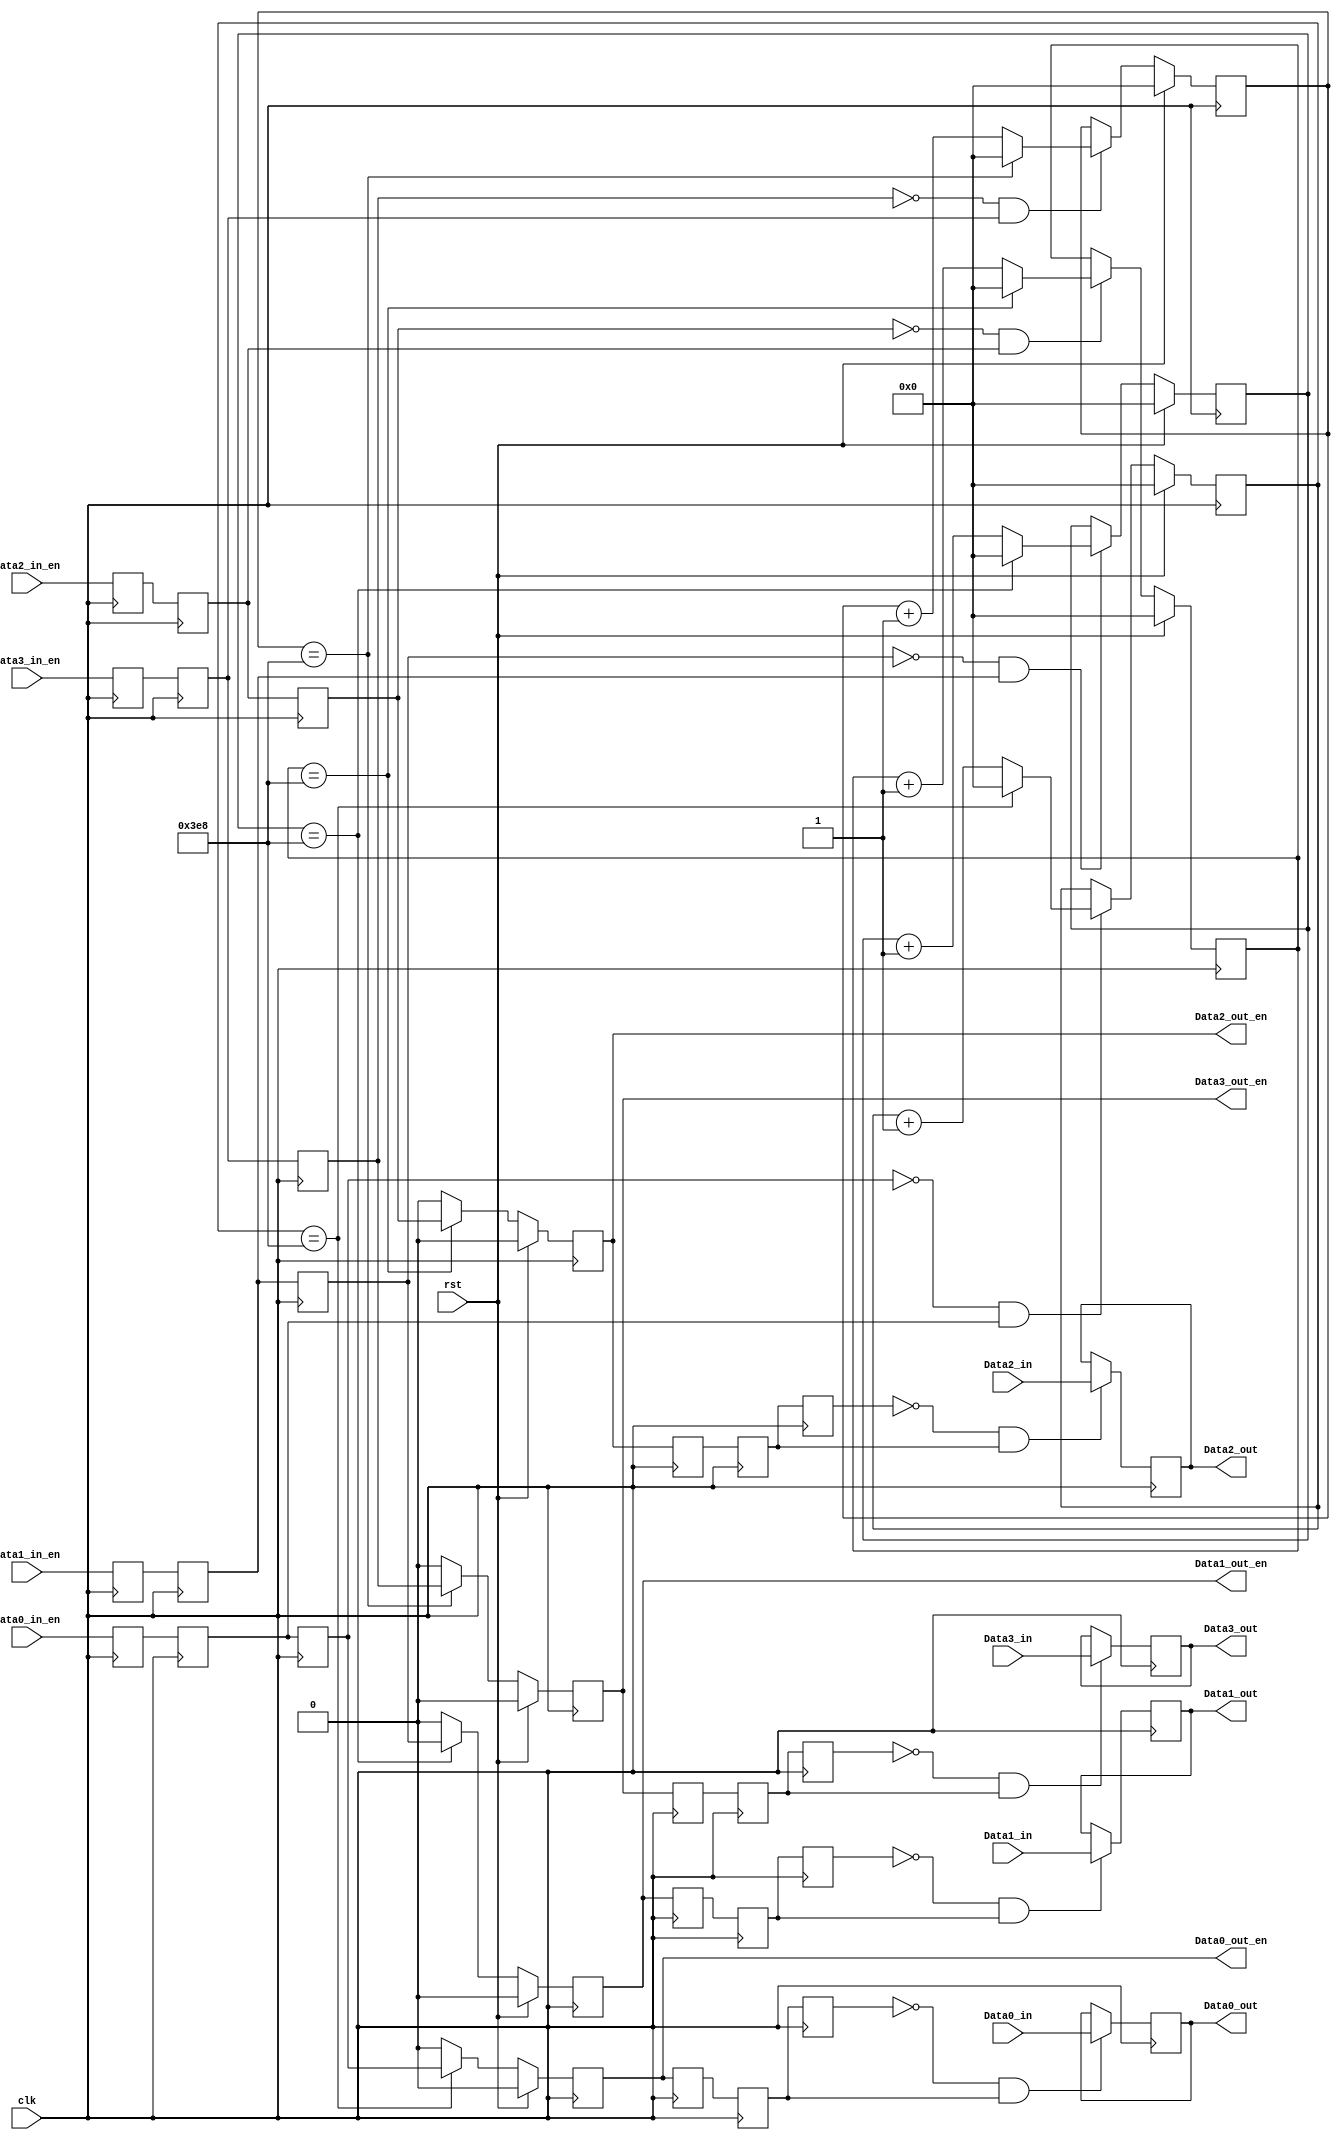
`timescale 1ns / 1ns
//////////////////////////////////////////////////////////////////////////////////
module dat_decimate(
    input clk,rst,
	 
	 input [15:0]Data0_in,
	 input [15:0]Data1_in,
	 input [15:0]Data2_in,
	 input [15:0]Data3_in,
	 
	 input Data0_in_en,
	 input Data1_in_en,
	 input Data2_in_en,
	 input Data3_in_en,
	  
	 output reg[15:0]Data0_out,
	 output reg[15:0]Data1_out,
	 output reg[15:0]Data2_out,
	 output reg[15:0]Data3_out,
	 
	 output reg Data0_out_en,
	 output reg Data1_out_en,
	 output reg Data2_out_en,
	 output reg Data3_out_en);

parameter Data0_decimate_num =1000; 
parameter Data1_decimate_num =1000; 
parameter Data2_decimate_num =1000; 
parameter Data3_decimate_num =1000; 
	 
wire 	pos_Data0_in_en,neg_Data0_in_en;
wire 	pos_Data1_in_en,neg_Data1_in_en;
wire 	pos_Data2_in_en,neg_Data2_in_en;
wire 	pos_Data3_in_en,neg_Data3_in_en;
(* syn_preserve = 1 *)reg Data0_in_en_r0;
(* syn_preserve = 1 *)reg Data1_in_en_r0;
(* syn_preserve = 1 *)reg Data2_in_en_r0;
(* syn_preserve = 1 *)reg Data3_in_en_r0;
(* syn_preserve = 1 *)reg Data0_in_en_r1;
(* syn_preserve = 1 *)reg Data1_in_en_r1;
(* syn_preserve = 1 *)reg Data2_in_en_r1;
(* syn_preserve = 1 *)reg Data3_in_en_r1;
(* syn_preserve = 1 *)reg Data0_in_en_r2;
(* syn_preserve = 1 *)reg Data1_in_en_r2;
(* syn_preserve = 1 *)reg Data2_in_en_r2;
(* syn_preserve = 1 *)reg Data3_in_en_r2;

always@(posedge clk)
	begin
		Data0_in_en_r0<=Data0_in_en;
		Data0_in_en_r1<=Data0_in_en_r0;
		Data0_in_en_r2<=Data0_in_en_r1;
		
		Data1_in_en_r0<=Data1_in_en;
		Data1_in_en_r1<=Data1_in_en_r0;
		Data1_in_en_r2<=Data1_in_en_r1;
		
		Data2_in_en_r0<=Data2_in_en;
		Data2_in_en_r1<=Data2_in_en_r0;
		Data2_in_en_r2<=Data2_in_en_r1;
		
		Data3_in_en_r0<=Data3_in_en;
		Data3_in_en_r1<=Data3_in_en_r0;
		Data3_in_en_r2<=Data3_in_en_r1;
	end

assign pos_Data0_in_en=(~Data0_in_en_r2)& Data0_in_en_r1 ;
assign neg_Data0_in_en=  Data0_in_en_r2&(~Data0_in_en_r1);   
assign pos_Data1_in_en=(~Data1_in_en_r2)& Data1_in_en_r1 ;
assign neg_Data1_in_en=  Data1_in_en_r2&(~Data1_in_en_r1);  
assign pos_Data2_in_en=(~Data2_in_en_r2)& Data2_in_en_r1 ;
assign neg_Data2_in_en=  Data2_in_en_r2&(~Data2_in_en_r1);  
assign pos_Data3_in_en=(~Data3_in_en_r2)& Data3_in_en_r1 ;
assign neg_Data3_in_en=  Data3_in_en_r2&(~Data3_in_en_r1);  

wire 	pos_Data0_out_en,neg_Data0_out_en;
wire 	pos_Data1_out_en,neg_Data1_out_en;
wire 	pos_Data2_out_en,neg_Data2_out_en;
wire 	pos_Data3_out_en,neg_Data3_out_en;
(* syn_preserve = 1 *)reg Data0_out_en_r0;
(* syn_preserve = 1 *)reg Data1_out_en_r0;
(* syn_preserve = 1 *)reg Data2_out_en_r0;
(* syn_preserve = 1 *)reg Data3_out_en_r0;
(* syn_preserve = 1 *)reg Data0_out_en_r1;
(* syn_preserve = 1 *)reg Data1_out_en_r1;
(* syn_preserve = 1 *)reg Data2_out_en_r1;
(* syn_preserve = 1 *)reg Data3_out_en_r1;
(* syn_preserve = 1 *)reg Data0_out_en_r2;
(* syn_preserve = 1 *)reg Data1_out_en_r2;
(* syn_preserve = 1 *)reg Data2_out_en_r2;
(* syn_preserve = 1 *)reg Data3_out_en_r2;

always@(posedge clk)
	begin
		Data0_out_en_r0<=Data0_out_en;
		Data0_out_en_r1<=Data0_out_en_r0;
		Data0_out_en_r2<=Data0_out_en_r1;
		
		Data1_out_en_r0<=Data1_out_en;
		Data1_out_en_r1<=Data1_out_en_r0;
		Data1_out_en_r2<=Data1_out_en_r1;
		
		Data2_out_en_r0<=Data2_out_en;
		Data2_out_en_r1<=Data2_out_en_r0;
		Data2_out_en_r2<=Data2_out_en_r1;
		
		Data3_out_en_r0<=Data3_out_en;
		Data3_out_en_r1<=Data3_out_en_r0;
		Data3_out_en_r2<=Data3_out_en_r1;
	end

assign pos_Data0_out_en=(~Data0_out_en_r2)& Data0_out_en_r1 ;
assign neg_Data0_out_en=  Data0_out_en_r2&(~Data0_out_en_r1);   
assign pos_Data1_out_en=(~Data1_out_en_r2)& Data1_out_en_r1 ;
assign neg_Data1_out_en=  Data1_out_en_r2&(~Data1_out_en_r1);  
assign pos_Data2_out_en=(~Data2_out_en_r2)& Data2_out_en_r1 ;
assign neg_Data2_out_en=  Data2_out_en_r2&(~Data2_out_en_r1);  
assign pos_Data3_out_en=(~Data3_out_en_r2)& Data3_out_en_r1 ;
assign neg_Data3_out_en=  Data3_out_en_r2&(~Data3_out_en_r1);  
	 
 always @(posedge clk)
	begin
		if(pos_Data0_out_en)Data0_out<=Data0_in ;
		else 							Data0_out<=Data0_out;
		
		if(pos_Data1_out_en)Data1_out<=Data1_in ;
		else 							Data1_out<=Data1_out;
		
		if(pos_Data2_out_en)Data2_out<=Data2_in ;
		else 							Data2_out<=Data2_out;
		
		if(pos_Data3_out_en)Data3_out<=Data3_in ;
		else 							Data3_out<=Data3_out;
		
	end

(* syn_preserve = 1 *)reg[15:0]decimate_cnt_Data0;
(* syn_preserve = 1 *)reg[15:0]decimate_cnt_Data1;
(* syn_preserve = 1 *)reg[15:0]decimate_cnt_Data2;
(* syn_preserve = 1 *)reg[15:0]decimate_cnt_Data3;
 always @(posedge clk)
	begin
		if(rst)
			begin
				decimate_cnt_Data0<=0;
				decimate_cnt_Data1<=0;
				decimate_cnt_Data2<=0;
				decimate_cnt_Data3<=0;
				Data0_out_en<=0;
				Data1_out_en<=0;
				Data2_out_en<=0;
				Data3_out_en<=0;
			end
		else
			begin
				if(pos_Data0_in_en)
					begin
						if(decimate_cnt_Data0==Data0_decimate_num)decimate_cnt_Data0<=0;
						else decimate_cnt_Data0<=decimate_cnt_Data0+1;
					end
				else decimate_cnt_Data0<=decimate_cnt_Data0;
				
				if(pos_Data1_in_en)
					begin
						if(decimate_cnt_Data1==Data0_decimate_num)decimate_cnt_Data1<=0;
						else decimate_cnt_Data1<=decimate_cnt_Data1+1;
					end
				else decimate_cnt_Data1<=decimate_cnt_Data1;
				
				if(pos_Data2_in_en)
					begin
						if(decimate_cnt_Data2==Data0_decimate_num)decimate_cnt_Data2<=0;
						else decimate_cnt_Data2<=decimate_cnt_Data2+1;
					end
				else decimate_cnt_Data2<=decimate_cnt_Data2;
				
				if(pos_Data3_in_en)
					begin
						if(decimate_cnt_Data3==Data0_decimate_num)decimate_cnt_Data3<=0;
						else decimate_cnt_Data3<=decimate_cnt_Data3+1;
					end
				else decimate_cnt_Data3<=decimate_cnt_Data3;
				
				if((decimate_cnt_Data0==Data0_decimate_num))Data0_out_en<=Data0_in_en_r2;
				else Data0_out_en<=0;
				if((decimate_cnt_Data1==Data1_decimate_num))Data1_out_en<=Data1_in_en_r2;
				else Data1_out_en<=0;
				if((decimate_cnt_Data2==Data2_decimate_num))Data2_out_en<=Data2_in_en_r2;
				else Data2_out_en<=0;
				if((decimate_cnt_Data3==Data3_decimate_num))Data3_out_en<=Data3_in_en_r2;
				else Data3_out_en<=0;
			end
	end
	
endmodule